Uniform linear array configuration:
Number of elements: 8
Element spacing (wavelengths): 0.75
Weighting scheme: hamming
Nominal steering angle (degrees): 15
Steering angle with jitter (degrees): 13.4
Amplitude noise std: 0.05
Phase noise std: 0.05

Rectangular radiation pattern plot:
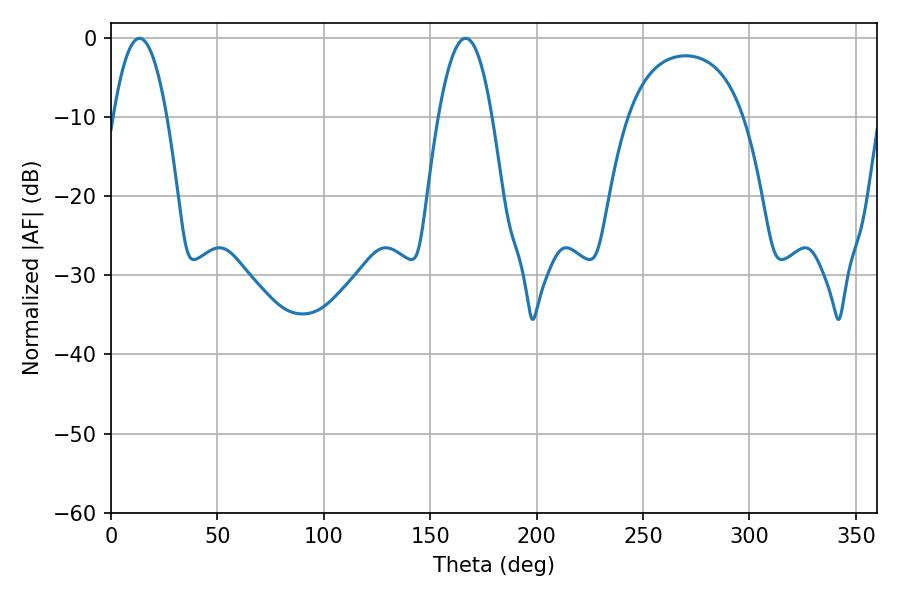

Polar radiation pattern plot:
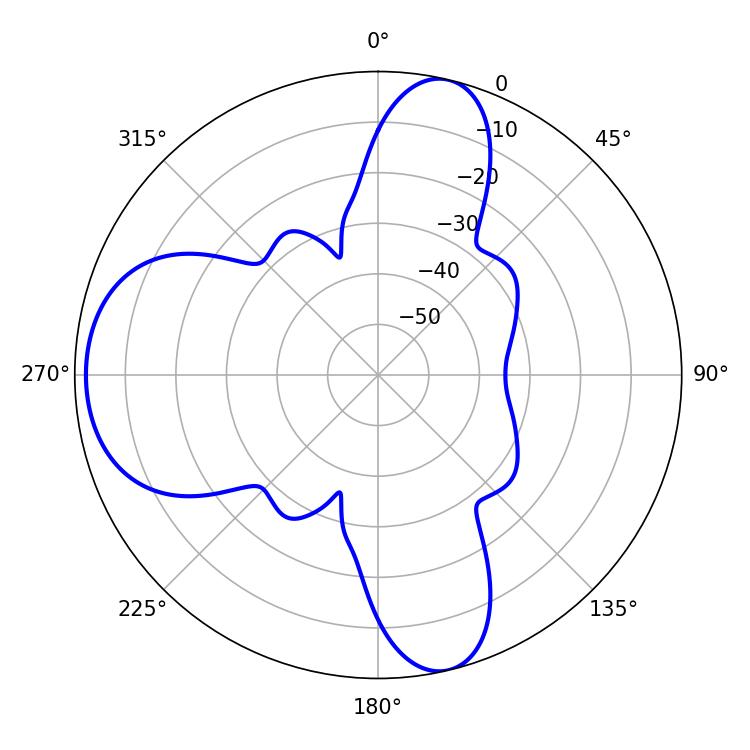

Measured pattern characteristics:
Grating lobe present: TRUE
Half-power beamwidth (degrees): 13.86
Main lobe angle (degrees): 13.32